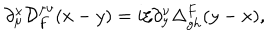
\partial _ { \mu } ^ { x } { \cal D } _ { F } ^ { \mu \nu } ( x - y ) = i \xi \partial _ { y } ^ { \nu } \Delta _ { g h } ^ { F } ( y - x ) ,